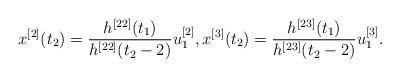
LaTeX: \begin{align*}{x^{[2]}}({t_2}) = \frac{{{h^{[22]}}({t_1})}}{{{h^{[22]}}({t_2} - 2)}}u_1^{[2]},{x^{[3]}}({t_2}) = \frac{{{h^{[23]}}({t_1})}}{{{h^{[23]}}({t_2} - 2)}}u_1^{[3]}.\end{align*}